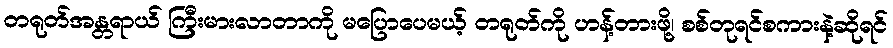
တရုတ်အန္တရာယ် ကြီးမားလာတာကို မပြောပေမယ့် တရုတ်ကို ဟန့်တားဖို့၊ စစ်တုရင်စကားနဲ့ဆိုရင်